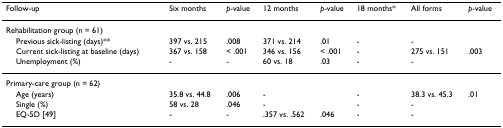
<table><thead><tr><td><b>Follow-up</b></td><td><b>Six months</b></td><td><b><i>p</i>-value</b></td><td><b>12 months</b></td><td><b><i>p</i>-value</b></td><td><b>18 months*</b></td><td><b>All forms</b></td><td><b><i>p</i>-value</b></td></tr></thead><tbody><tr><td>Rehabilitation group (n = 61)</td><td>[EMPTY_CELL]</td><td>[EMPTY_CELL]</td><td>[EMPTY_CELL]</td><td>[EMPTY_CELL]</td><td>[EMPTY_CELL]</td><td>[EMPTY_CELL]</td><td>[EMPTY_CELL]</td></tr><tr><td> Previous sick-listing (days)**</td><td>397 vs. 215</td><td>.008</td><td>371 vs. 214</td><td>.01</td><td>-</td><td>-</td><td>[EMPTY_CELL]</td></tr><tr><td> Current sick-listing at baseline (days)</td><td>367 vs. 158</td><td>&lt; .001</td><td>346 vs. 156</td><td>&lt; .001</td><td>-</td><td>275 vs. 151</td><td>.003</td></tr><tr><td> Unemployment (%)</td><td>-</td><td>-</td><td>60 vs. 18</td><td>.03</td><td>-</td><td>-</td><td>[EMPTY_CELL]</td></tr><tr><td>Primary-care group (n = 62)</td><td>[EMPTY_CELL]</td><td>[EMPTY_CELL]</td><td>[EMPTY_CELL]</td><td>[EMPTY_CELL]</td><td>[EMPTY_CELL]</td><td>[EMPTY_CELL]</td><td>[EMPTY_CELL]</td></tr><tr><td> Age (years)</td><td>35.8 vs. 44.8</td><td>.006</td><td>-</td><td>[EMPTY_CELL]</td><td>-</td><td>38.3 vs. 45.3</td><td>.01</td></tr><tr><td> Single (%)</td><td>58 vs. 28</td><td>.046</td><td>-</td><td>[EMPTY_CELL]</td><td>-</td><td>-</td><td>[EMPTY_CELL]</td></tr><tr><td> EQ-5D [49]</td><td>-</td><td>-</td><td>.357 vs. .562</td><td>.046</td><td>-</td><td>-</td><td>[EMPTY_CELL]</td></tr></tbody></table>